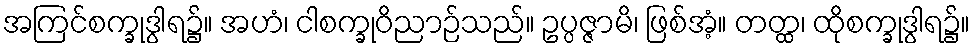
အကြင်စက္ခုဒွါရ၌။ အဟံ၊ ငါစက္ခုဝိညာဉ်သည်။ ဥပ္ပဇ္ဇာမိ၊ ဖြစ်အံ့။ တတ္ထ၊ ထိုစက္ခုဒွါရ၌။